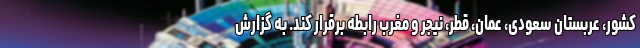
کشور، عربستان سعودی، عمان، قطر، نیجر و مغرب رابطه برقرار کند. به گزارش